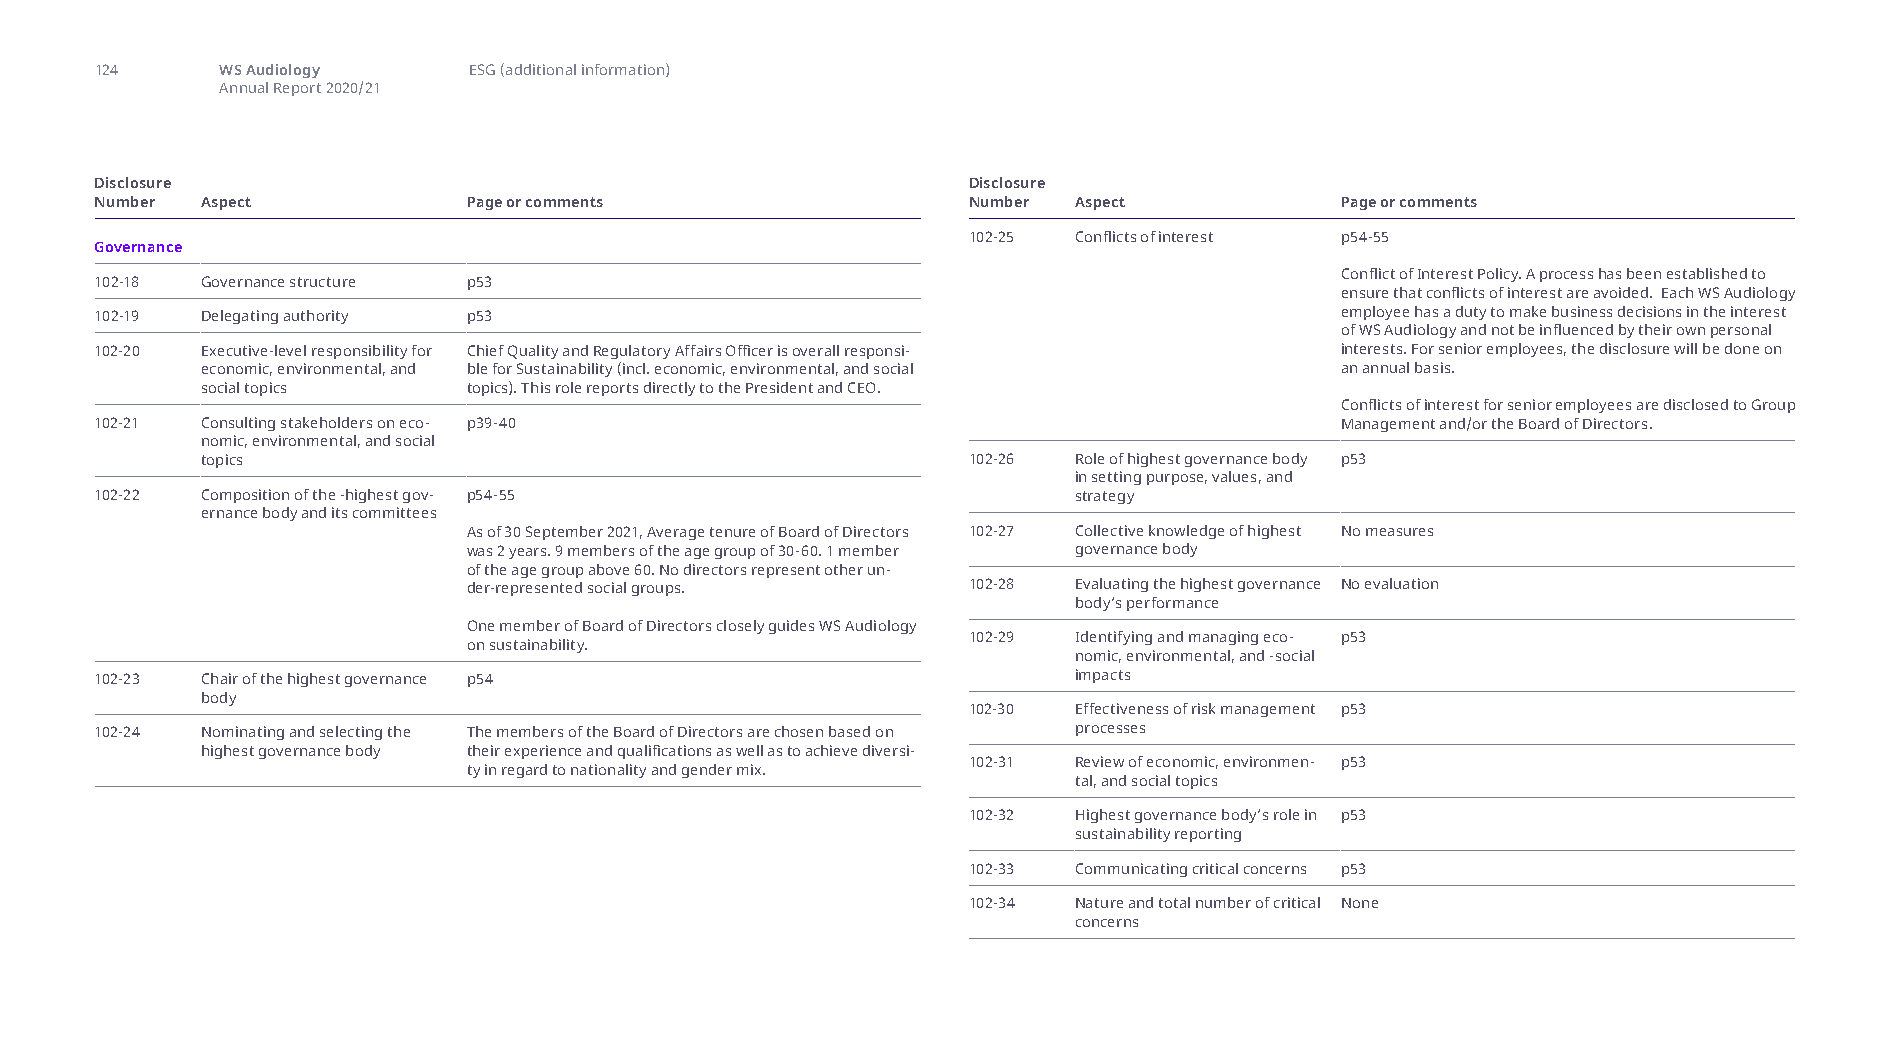
124      WS Audiology    ESG (additional information)
 Annual Report 2020/21
 Disclosure                                                Disclosure
 Number Aspect            Page or comments                 Number Aspect            Page or comments
 102-25 Conflicts of interest p54-55
 Governance
 Conflict of Interest Policy. A process has been established to
 102-18 Governance structure p53
 ensure that conflicts of interest are avoided. Each WS Audiology
 102-19 Delegating authority p53                                                    employee has a duty to make business decisions in the interest
 of WS Audiology and not be influenced by their own personal
 102-20 Executive-level responsibility for Chief Quality and Regulatory Affairs Officer is overall responsi- interests. For senior employees, the disclosure will be done on
 economic, environmental, and ble for Sustainability (incl. economic, environmental, and social an annual basis.
 social topics     topics). This role reports directly to the President and CEO.
 Conflicts of interest for senior employees are disclosed to Group
 102-21 Consulting stakeholders on eco- p39-40                                      Management and/or the Board of Directors.
 nomic, environmental, and social
 topics                                             102-26 Role of highest governance body p53
 in setting purpose, values, and
 102-22 Composition of the -highest gov- p54-55                   strategy
 ernance body and its committees
 As of 30 September 2021, Average tenure of Board of Directors 102-27 Collective knowledge of highest No measures
 was 2 years. 9 members of the age group of 30-60. 1 member governance body
 of the age group above 60. No directors represent other un-
 der-represented social groups.   102-28 Evaluating the highest governance No evaluation
 body’s performance
 One member of Board of Directors closely guides WS Audiology
 102-29 Identifying and managing eco- p53
 on sustainability.
 nomic, environmental, and -social
 102-23 Chair of the highest governance p54                       impacts
 body
 102-30 Effectiveness of risk management p53
 102-24 Nominating and selecting the The members of the Board of Directors are chosen based on processes
 highest governance body their experience and qualifications as well as to achieve diversi-
 102-31 Review of economic, environmen- p53
 ty in regard to nationality and gender mix.
 tal, and social topics
 102-32 Highest governance body’s role in p53
 sustainability reporting
 102-33 Communicating critical concerns p53
 102-34 Nature and total number of critical None
 concerns